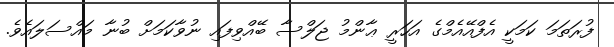
ފުރަތަމަ ކަމަކީ އެފްއޭއެމްގެ އަހަރީ ޢާންމު ޖަލްސާ ބޭއްވިފައި ނުވާކަމަށް ބުނާ މައްސަލައެވެ.